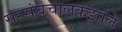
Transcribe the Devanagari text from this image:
सरसंघचालकझाले